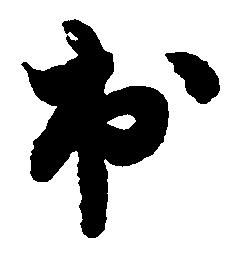
出